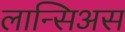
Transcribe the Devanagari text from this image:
लान्सिअस